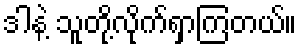
ဒါနဲ့ သူတို့လိုက်ရှာကြတယ်။